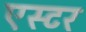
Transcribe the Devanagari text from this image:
एस्‍टर